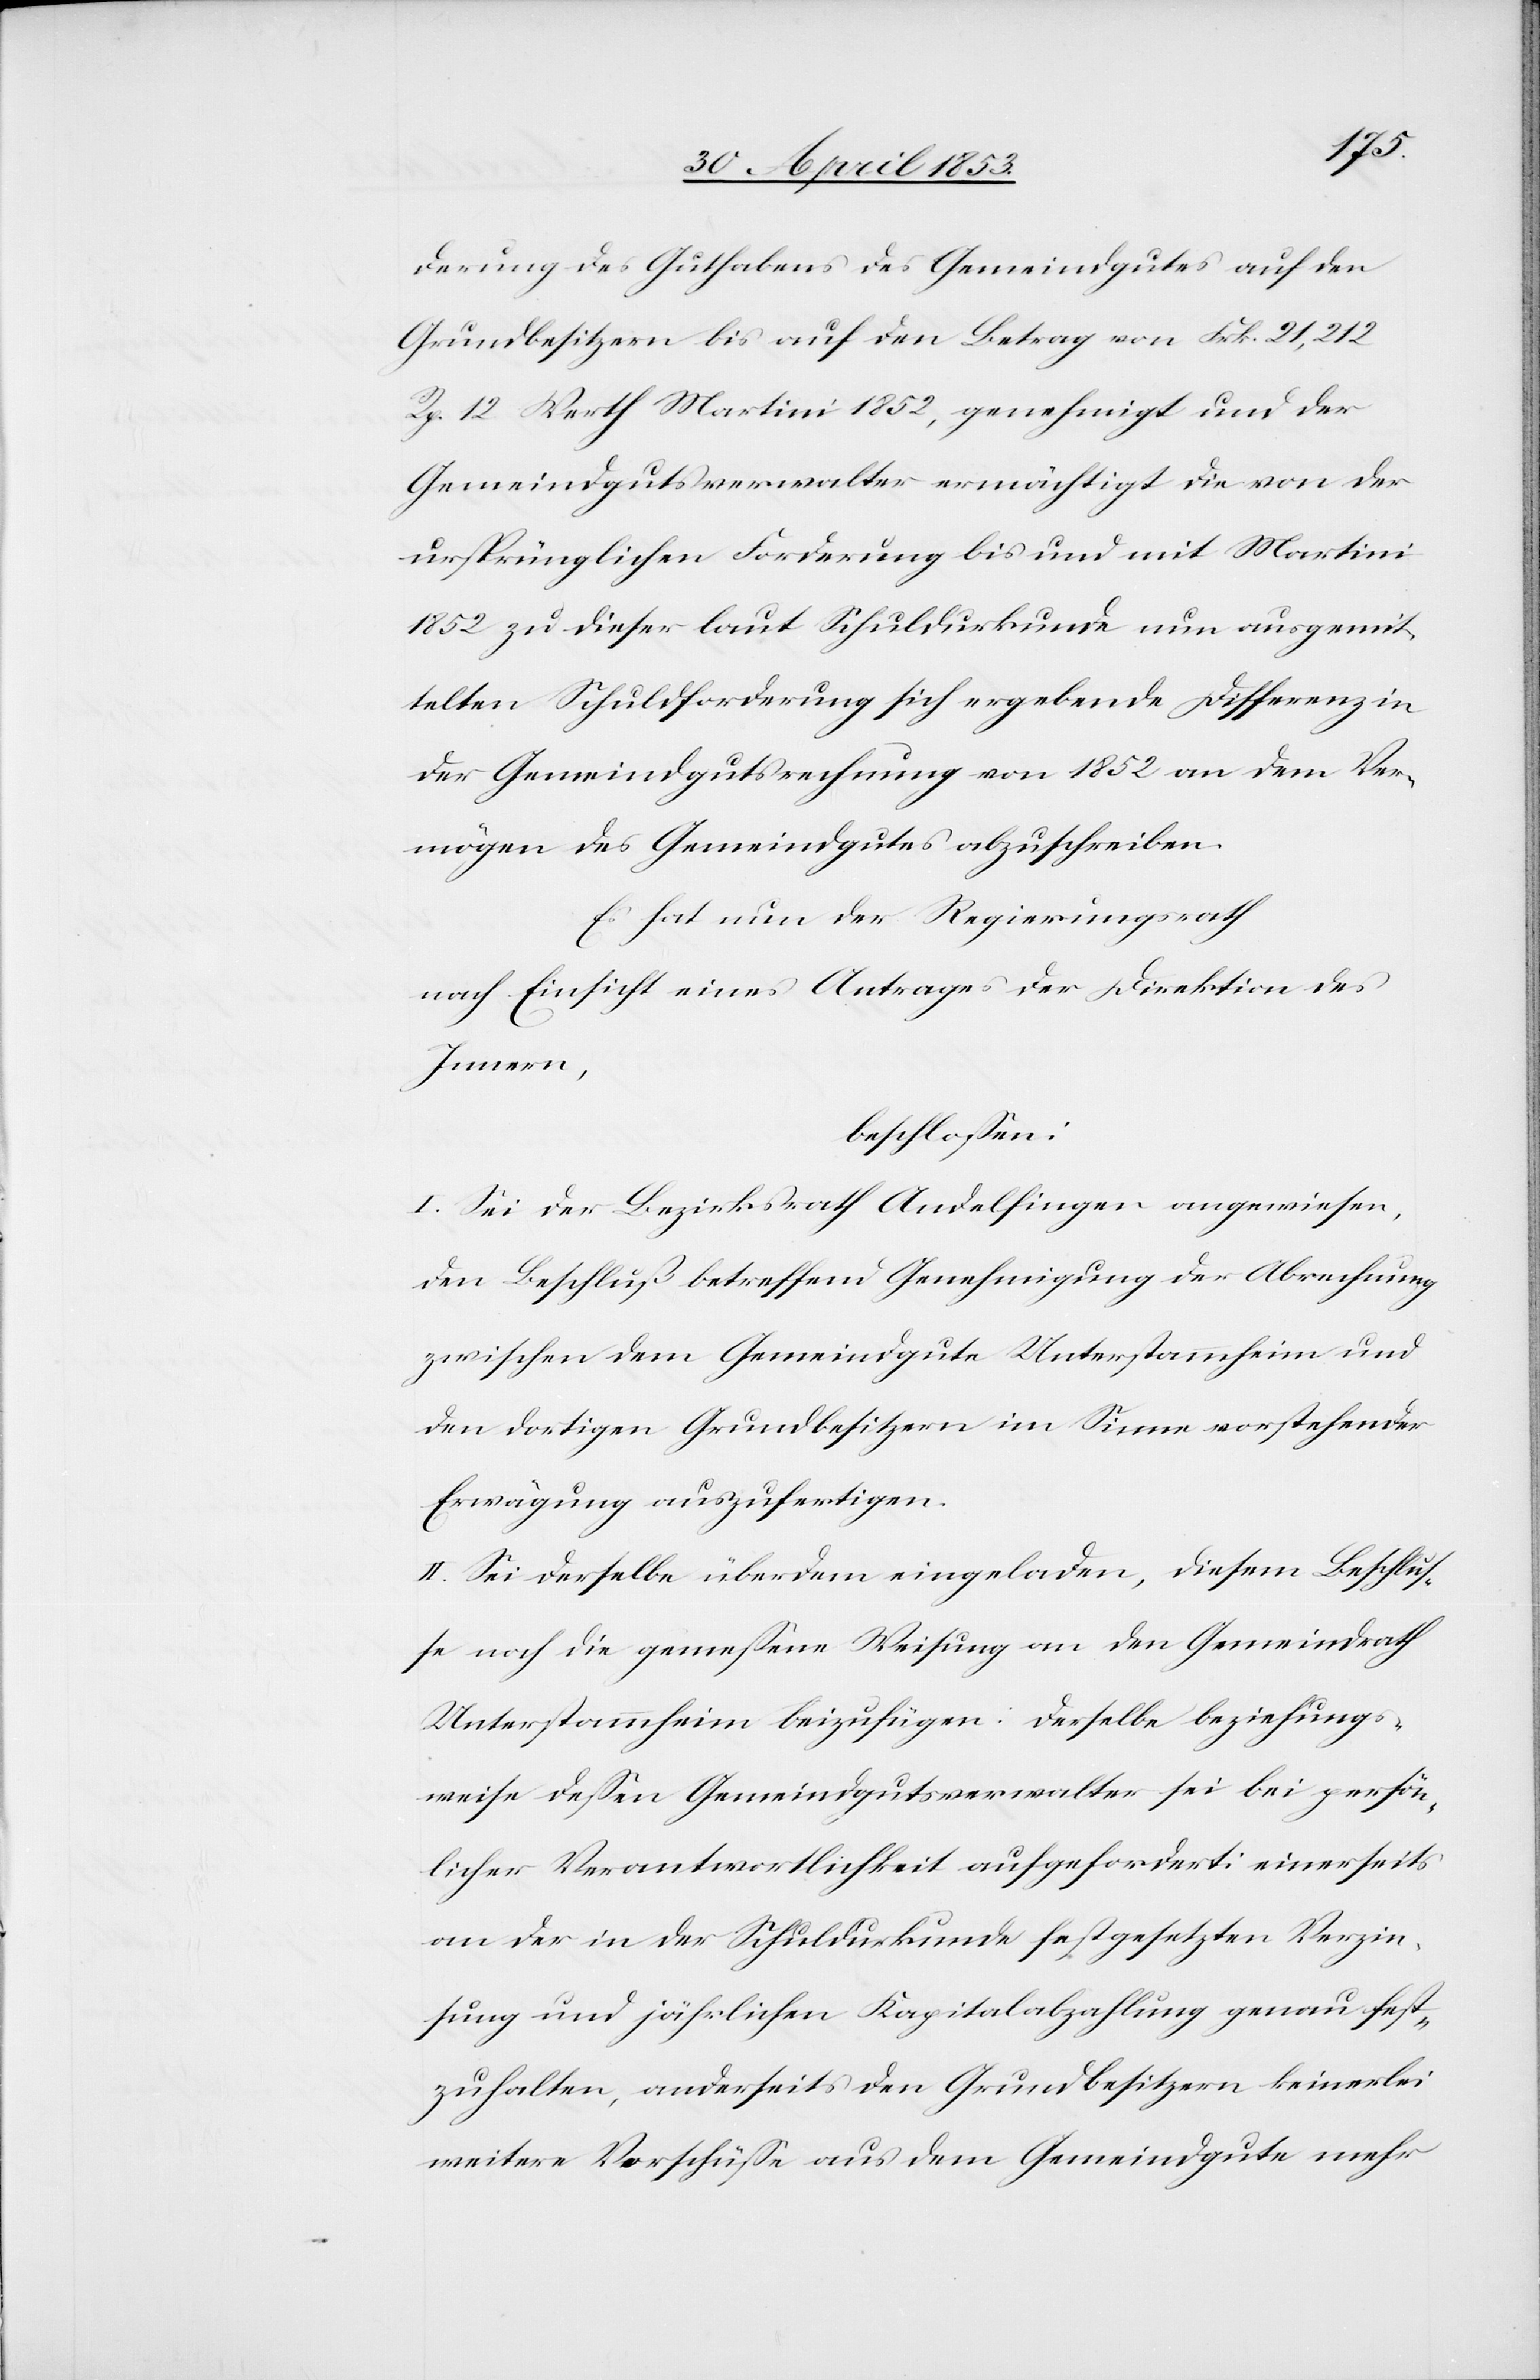
derung des Guthabens des Gemeindgutes auf den
Grundbesitzern bis auf den Betrag von Frk. 21,212
Rp. 12 Werth Martini 1852, genehmigt und der
Gemeindsverwalter ermächtigt die von der
ursprünglichen Forderung bis und mit Martini
1852 zu dieser laut Schuldurkunde nun ausgemit¬
telten Schuldforderung sich ergebende Differenz in
der Gemeindsgutsrechnung von 1852 an dem Ver¬
mögen des Gemeindgutes abzuschreiben.
Es hat nun der Regierungsrath
nach Einsicht eines Antrages der Direktion des
Innern,
beschloßen:
I. Sei der Bezirksrath Andelfingen angewiesen,
den Beschluß betreffend Genehmigung der Abrechnung
zwischen dem Gemeindgute Unterstammheim und
den dortigen Grundbesitzern im Sinne vorstehender
Erwägung auszufertigen.
II. Sei derselbe überdem eingeladen, diesem Beschlu¬
ß nach die gemeßene Weisung an den Gemeindrath
Unterstammheim beizufügen: derselbe beziehungs¬
weise deßen Gemeindsgutsverwalter sei bei persön¬
licher Verantwortlichkeit aufgefordert: einerseits
an der in der Schuldurkunde festgesetzten Verzin¬
sung und jährlichen Kapitalabzahlung genau fest¬
zuhalten, anderseits den Grundbesitzern keinerlei
weitere Vorschüße aus dem Gemeindgute mehr